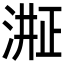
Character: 𬈈